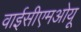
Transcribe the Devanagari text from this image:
वाईसीएमओयू